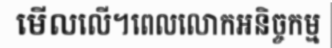
មើលលើ។ពេលលោកអនិច្ចកម្ម